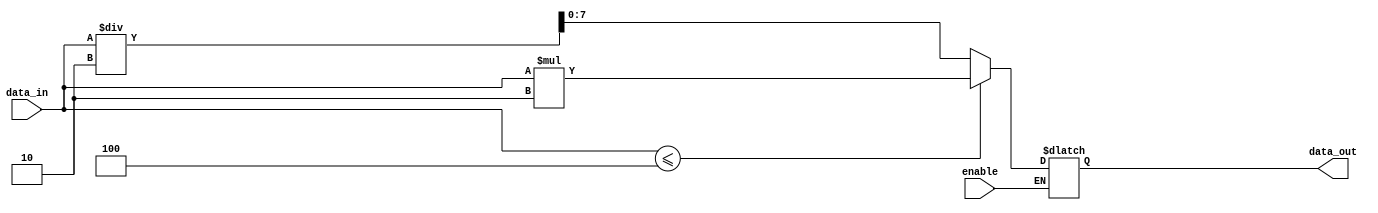
module Generate_Task_Block(
    input [7:0] data_in,
    input enable,
    output [7:0] data_out
);

task generate_task;
    input [7:0] data;
    begin
        if (data <= 4) begin
            data_out = data * 2;
        end else begin
            data_out = data / 2;
        end
    end
endtask

initial begin
    if (enable) begin
        generate_task(data_in);
    end
end

endmodule